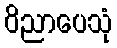
ဝိညာပေသုံ